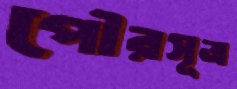
পৌরসূত্র